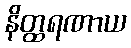
နိတ္ထရဏာယ